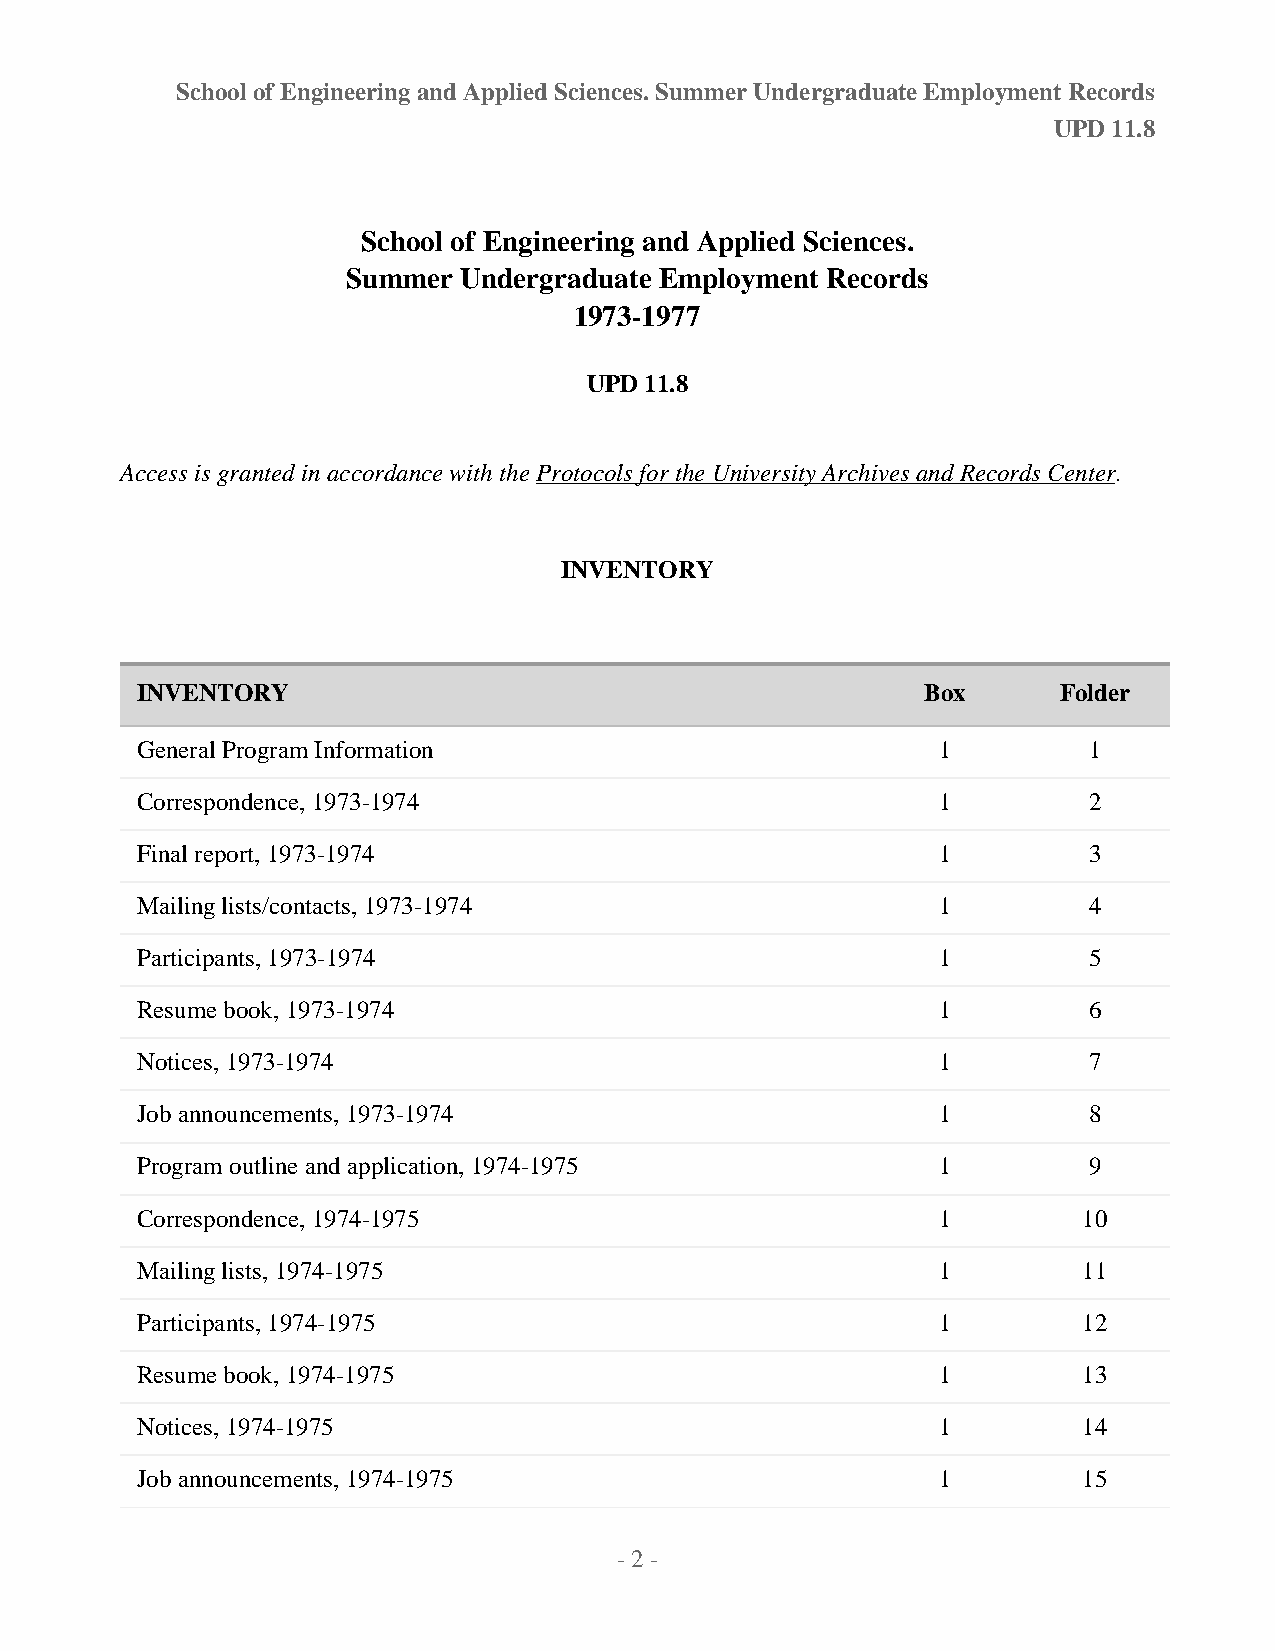
School of Engineering and Applied Sciences. Summer Undergraduate Employment Records
 UPD 11.8
 School of Engineering and Applied Sciences.
 Summer Undergraduate Employment Records
 1973-1977
 UPD 11.8
 Access is granted in accordance with the Protocols for the University Archives and Records Center.
 INVENTORY
 INVENTORY                                           Box      Folder
 General Program Information                          1         1
 Correspondence, 1973-1974                            1         2
 Final report, 1973-1974                              1         3
 Mailing lists/contacts, 1973-1974                    1         4
 Participants, 1973-1974                              1         5
 Resume book, 1973-1974                               1         6
 Notices, 1973-1974                                   1         7
 Job announcements, 1973-1974                         1         8
 Program outline and application, 1974-1975           1         9
 Correspondence, 1974-1975                            1         10
 Mailing lists, 1974-1975                             1         11
 Participants, 1974-1975                              1         12
 Resume book, 1974-1975                               1         13
 Notices, 1974-1975                                   1         14
 Job announcements, 1974-1975                         1         15
 - 2 -